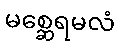
မစ္ဆေရမလံ